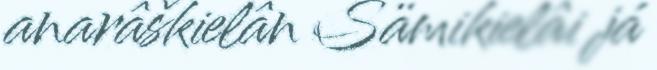
anarâškielân Sämikielâi já